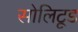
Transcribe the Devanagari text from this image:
सोलिटूड